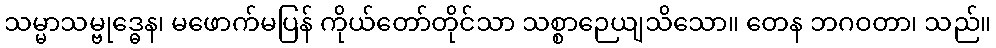
သမ္မာသမ္ဗုဒ္ဓေန၊ မဖောက်မပြန် ကိုယ်တော်တိုင်သာ သစ္စာဉေယျသိသော။ တေန ဘဂဝတာ၊ သည်။